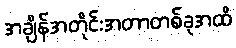
အချိန်အတိုင်းအတာတစ်ခုအထိ